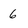
Character: 6